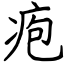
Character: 疱